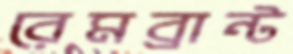
রেমব্রান্ট